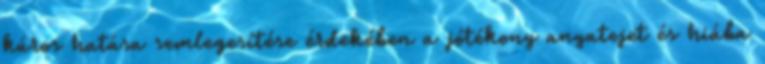
káros hatása semlegesítése érdekében a jótékony anyatejet és hiába